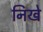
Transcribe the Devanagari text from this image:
निखे